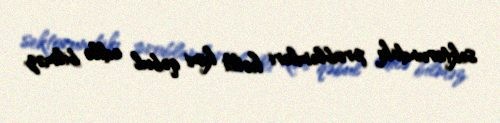
sektorundakı problemləri həlli kimi qəbul edilə bilməz.